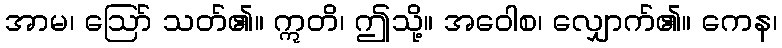
အာမ၊ ဩော် သတ်၏။ ဣတိ၊ ဤသို့။ အဝေါစ၊ လျှောက်၏။ ကေန၊